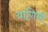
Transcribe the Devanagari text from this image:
यागिनी